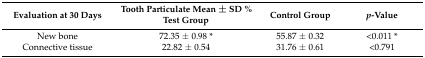
| Evaluation at 30 Days | Tooth Particulate Mean ± SD %Test Group | Control Group | p-Value |
 | --- | --- | --- | --- |
 | New bone | 72.35 ± 0.98 * | 55.87 ± 0.32 | <0.011 * |
 | Connective tissue | 22.82 ± 0.54 | 31.76 ± 0.61 | <0.791 |